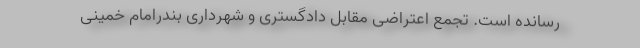
رسانده است. تجمع اعتراضی مقابل دادگستری و شهرداری بندرامام خمینی